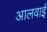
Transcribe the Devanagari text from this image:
आलवाई